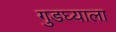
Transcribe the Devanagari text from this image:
गुडघ्याला